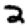
Digit: 2